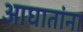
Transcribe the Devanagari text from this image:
आघातांना